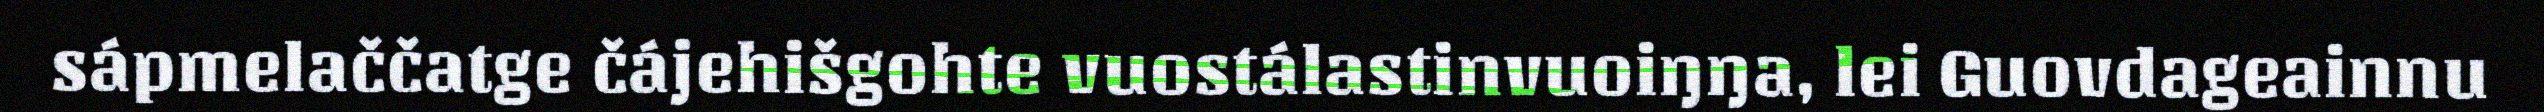
sápmelaččatge čájehišgohte vuostálastinvuoiŋŋa, lei Guovdageainnu